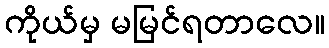
ကိုယ်မှ မမြင်ရတာလေ။